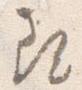
尋